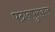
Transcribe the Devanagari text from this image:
पठानपुराकल